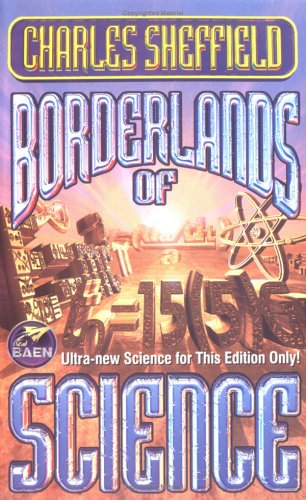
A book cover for Borderlands of Science: How to Think Like a Scientist and Write Science Fiction; Charles Sheffield; Science Fiction & Fantasy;